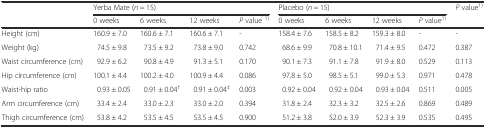
<table><thead><tr><td></td><td colspan="4"><b>Yerba Mate (<i>n</i> = 15)</b></td><td colspan="4"><b>Placebo (<i>n</i> = 15)</b></td><td rowspan="2"><b><i>P</i> value<sup>1)</sup></b></td></tr><tr><td></td><td><b>0 weeks</b></td><td><b>6 weeks</b></td><td><b>12 weeks</b></td><td><b><i>P</i> value <sup>1)</sup></b></td><td><b>0 weeks</b></td><td><b>6 weeks</b></td><td><b>12 weeks</b></td><td><b><i>P</i> value<sup>1)</sup></b></td></tr></thead><tbody><tr><td>Height (cm)</td><td>160.9 ± 7.0</td><td>160.6 ± 7.1</td><td>160.6 ± 7.1</td><td>-</td><td>158.4 ± 7.6</td><td>158.5 ± 8.2</td><td>159.3 ± 8.0</td><td>-</td><td>-</td></tr><tr><td>Weight (kg)</td><td>74.5 ± 9.8</td><td>73.5 ± 9.2</td><td>73.8 ± 9.0</td><td>0.742</td><td>68.6 ± 9.9</td><td>70.8 ± 10.1</td><td>71.4 ± 9.5</td><td>0.472</td><td>0.387</td></tr><tr><td>Waist circumference (cm)</td><td>92.9 ± 6.2</td><td>90.8 ± 4.9</td><td>91.3 ± 5.1</td><td>0.170</td><td>90.1 ± 7.3</td><td>91.1 ± 7.8</td><td>91.9 ± 8.0</td><td>0.529</td><td>0.113</td></tr><tr><td>Hip circumference (cm)</td><td>100.1 ± 4.4</td><td>100.2 ± 4.0</td><td>100.9 ± 4.4</td><td>0.086</td><td>97.8 ± 5.0</td><td>98.5 ± 5.1</td><td>99.0 ± 5.3</td><td>0.971</td><td>0.478</td></tr><tr><td>Waist-hip ratio</td><td>0.93 ± 0.05</td><td>0.91 ± 0.04<sup>†</sup></td><td>0.91 ± 0.04<sup>‡</sup></td><td>0.003</td><td>0.92 ± 0.04</td><td>0.92 ± 0.04</td><td>0.93 ± 0.04</td><td>0.511</td><td>0.005</td></tr><tr><td>Arm circumference (cm)</td><td>33.4 ± 2.4</td><td>33.0 ± 2.3</td><td>33.0 ± 2.0</td><td>0.394</td><td>31.8 ± 2.4</td><td>32.3 ± 3.2</td><td>32.5 ± 2.6</td><td>0.869</td><td>0.489</td></tr><tr><td>Thigh circumference (cm)</td><td>53.8 ± 4.2</td><td>53.5 ± 4.5</td><td>53.5 ± 4.5</td><td>0.900</td><td>51.2 ± 3.8</td><td>52.0 ± 3.9</td><td>52.3 ± 3.9</td><td>0.535</td><td>0.495</td></tr></tbody></table>